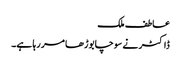
عاطف ملک
ڈاکٹر نے سوچا بوڑھا مر رہا ہے۔